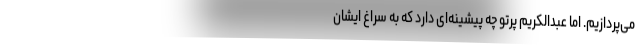
می‌پردازیم. اما عبدالکریم پرتو چه پیشینه‌ای دارد که به سراغ ایشان